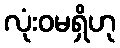
လုံးဝမရှိဟု